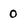
Character: 0